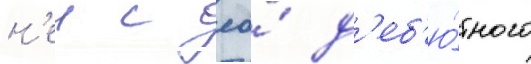
н'еи с ео́ д'еб'ю́тного